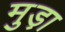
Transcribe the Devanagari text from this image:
मुड़ा़